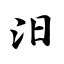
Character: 汩